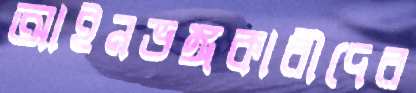
আইনভঙ্গকারীদের